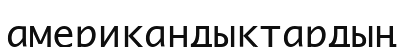
американдықтардың